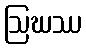
ဩဃဿ